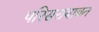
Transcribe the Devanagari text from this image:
परिसराबाबत